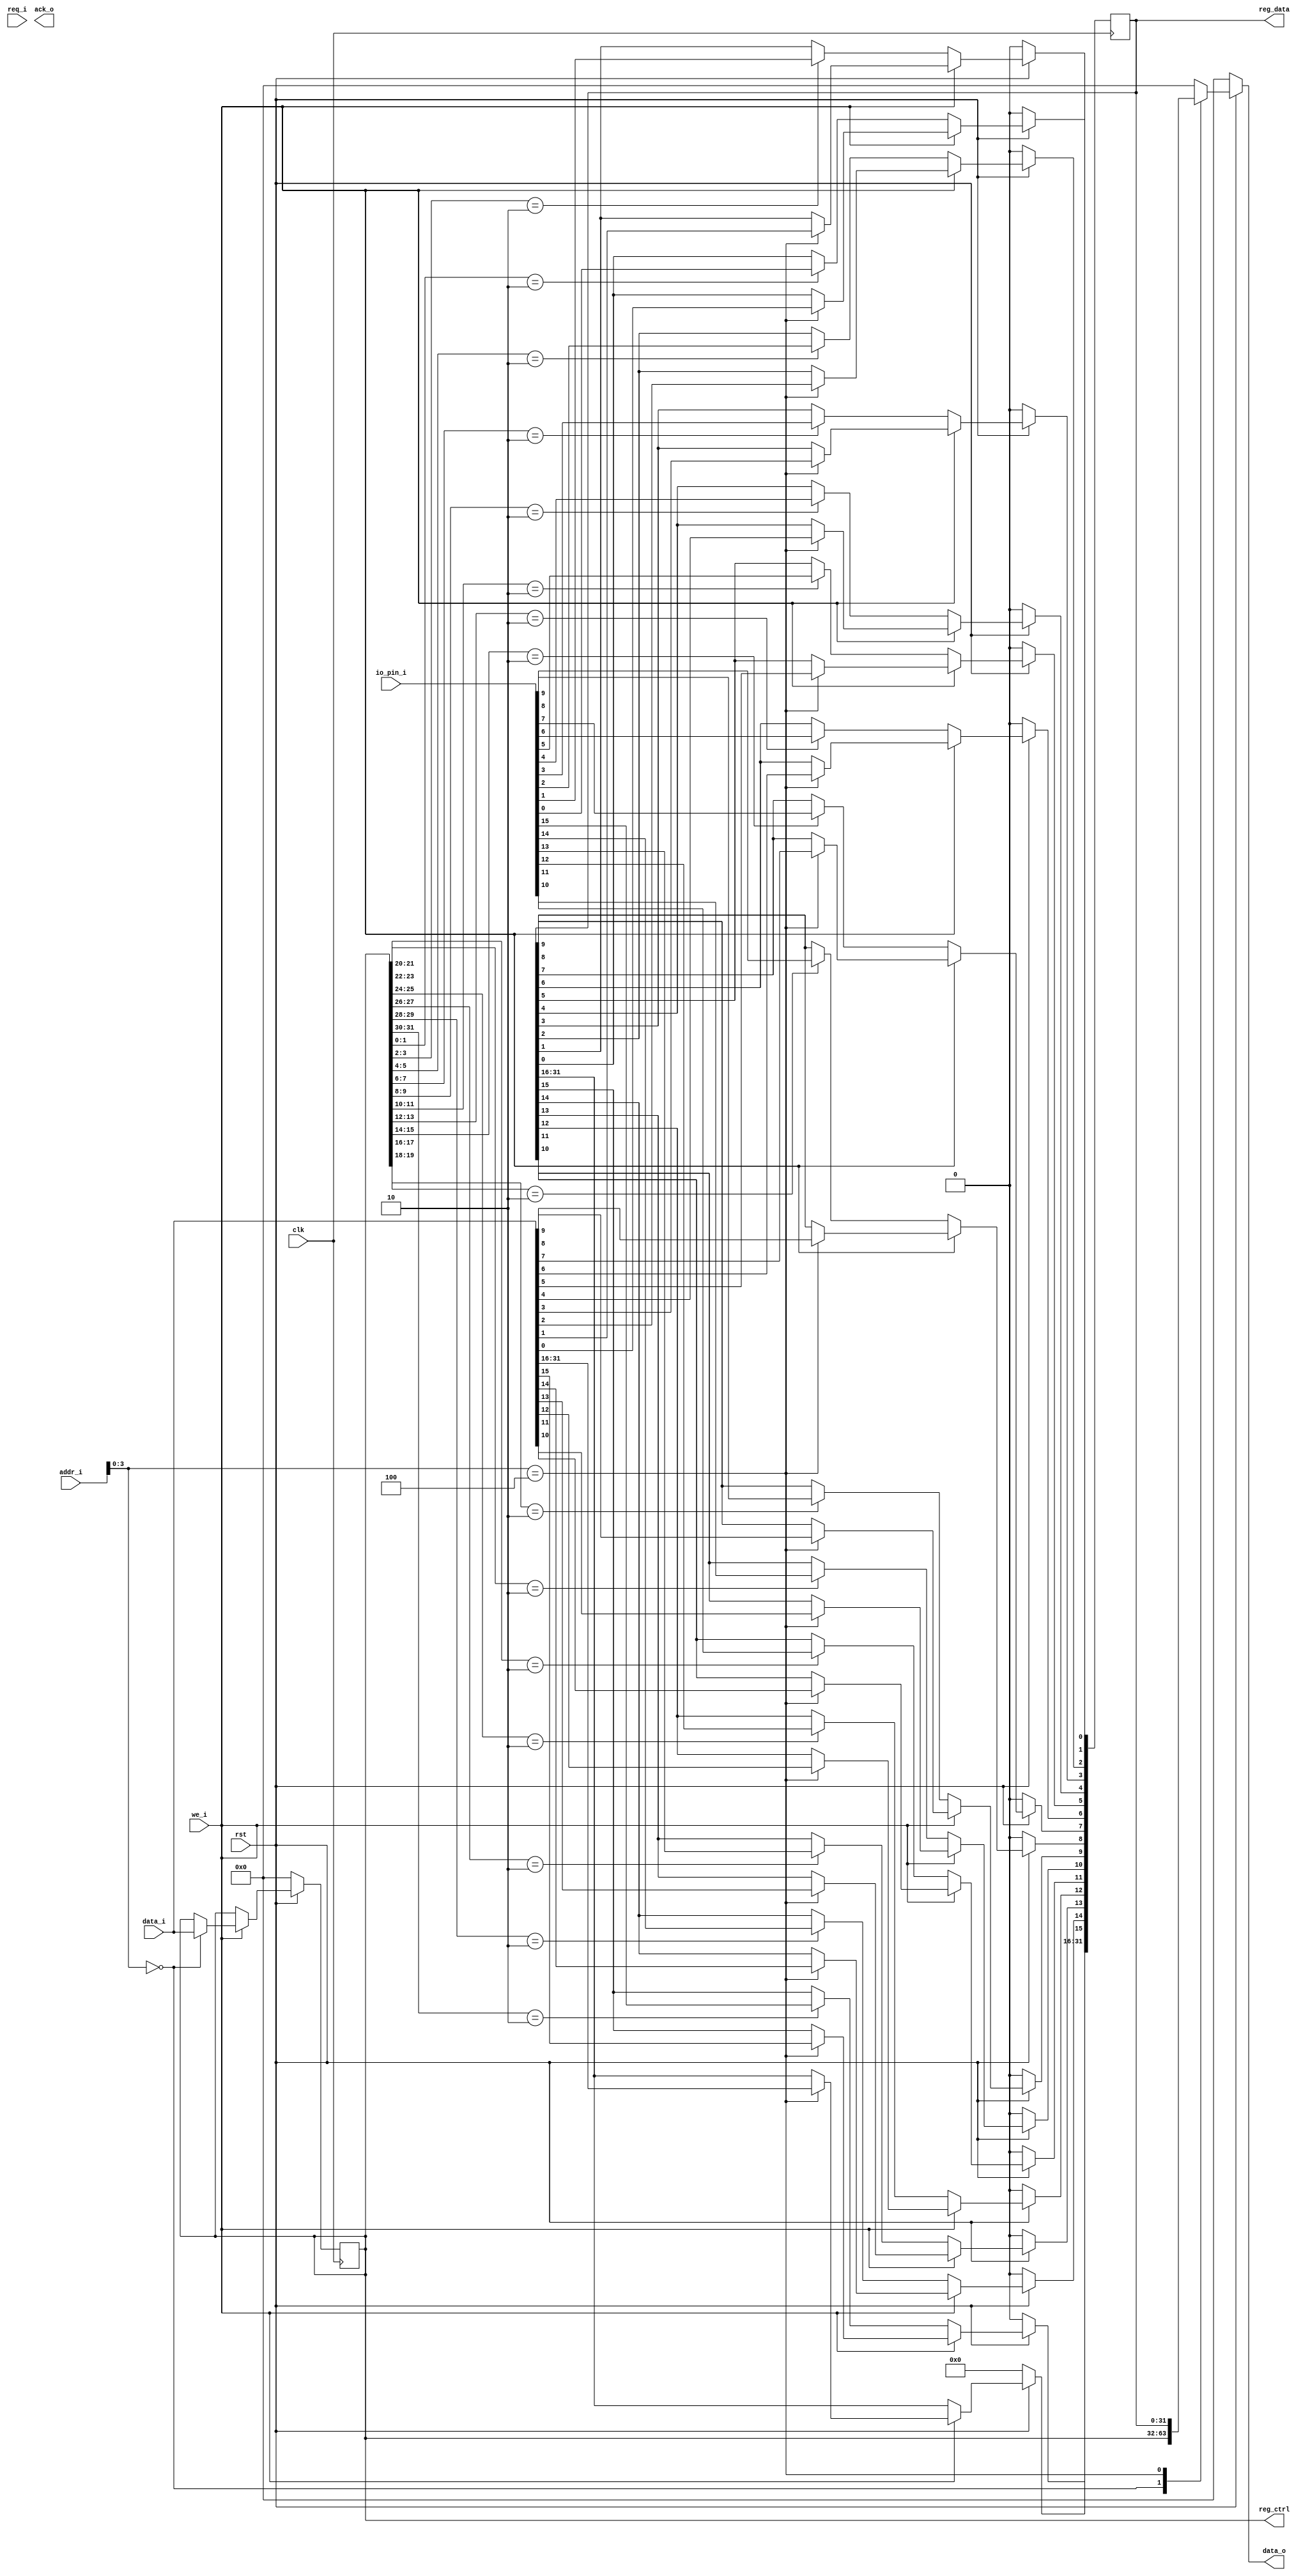
 /*                                                                      
 Copyright 2020 Blue Liang, liangkangnan@163.com
                                                                         
 Licensed under the Apache License, Version 2.0 (the "License");         
 you may not use this file except in compliance with the License.        
 You may obtain a copy of the License at                                 
                                                                         
     http://www.apache.org/licenses/LICENSE-2.0                          
                                                                         
 Unless required by applicable law or agreed to in writing, software    
 distributed under the License is distributed on an "AS IS" BASIS,       
 WITHOUT WARRANTIES OR CONDITIONS OF ANY KIND, either express or implied.
 See the License for the specific language governing permissions and     
 limitations under the License.                                          
 */

// Modified by Darkbe on 2023-11-03: add gpio to 16;
// GPIO
module gpio(
    
    input wire clk,
	input wire rst,

    input wire we_i,
    input wire req_i,
    input wire[31:0] addr_i,
    input wire[31:0] data_i,

    output reg[31:0] data_o,
    output reg ack_o,

    input wire[15:0] io_pin_i,
    output wire[31:0] reg_ctrl,
    output wire[31:0] reg_data

    );


    // GPIO
    localparam GPIO_CTRL = 4'h0;
    // GPIO
    localparam GPIO_DATA = 4'h4;

    // 21IO16IO
    // 0: 12
    reg[31:0] gpio_ctrl;
    // 
    reg[31:0] gpio_data;


    assign reg_ctrl = gpio_ctrl;
    assign reg_data = gpio_data;


    // 
    always @ (posedge clk) begin
        if (rst == 1'b0) begin
            gpio_data <= 32'h0;
            gpio_ctrl <= 32'h0;
        end else begin
            if (we_i == 1'b1) begin
                case (addr_i[3:0])
                    GPIO_CTRL: begin
                        gpio_ctrl <= data_i;
                    end
                    GPIO_DATA: begin
                        gpio_data <= data_i;
                    end
                endcase
            end else begin
                if (gpio_ctrl[1:0] == 2'b10) begin
                    gpio_data[0] <= io_pin_i[0];
                end
                if (gpio_ctrl[3:2] == 2'b10) begin
                    gpio_data[1] <= io_pin_i[1];
                end
                if (gpio_ctrl[5:4] == 2'b10) begin
                    gpio_data[2] <= io_pin_i[2];
                end
                if (gpio_ctrl[7:6] == 2'b10) begin
                    gpio_data[3] <= io_pin_i[3];
                end
                if (gpio_ctrl[9:8] == 2'b10) begin
                    gpio_data[4] <= io_pin_i[4];
                end
                if (gpio_ctrl[11:10] == 2'b10) begin
                    gpio_data[5] <= io_pin_i[5];
                end
                if (gpio_ctrl[13:12] == 2'b10) begin
                    gpio_data[6] <= io_pin_i[6];
                end
                if (gpio_ctrl[15:14] == 2'b10) begin
                    gpio_data[7] <= io_pin_i[7];
                end
                if (gpio_ctrl[17:16] == 2'b10) begin
                    gpio_data[8] <= io_pin_i[8];
                end
                if (gpio_ctrl[19:18] == 2'b10) begin
                    gpio_data[9] <= io_pin_i[9];
                end
                if (gpio_ctrl[21:20] == 2'b10) begin
                    gpio_data[10] <= io_pin_i[10];
                end
                if (gpio_ctrl[23:22] == 2'b10) begin
                    gpio_data[11] <= io_pin_i[11];
                end
                if (gpio_ctrl[25:24] == 2'b10) begin
                    gpio_data[12] <= io_pin_i[12];
                end
                if (gpio_ctrl[27:26] == 2'b10) begin
                    gpio_data[13] <= io_pin_i[13];
                end
                if (gpio_ctrl[29:28] == 2'b10) begin
                    gpio_data[14] <= io_pin_i[14];
                end
                if (gpio_ctrl[31:30] == 2'b10) begin
                    gpio_data[15] <= io_pin_i[15];
                end
            end
        end
    end

    // 
    always @ (*) begin
        if (rst == 1'b0) begin
            data_o = 32'h0;
        end else begin
            case (addr_i[3:0])
                GPIO_CTRL: begin
                    data_o = gpio_ctrl;
                end
                GPIO_DATA: begin
                    data_o = gpio_data;
                end
                default: begin
                    data_o = 32'h0;
                end
            endcase
        end
    end

endmodule